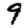
Digit: 9